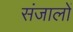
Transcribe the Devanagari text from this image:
संजालों